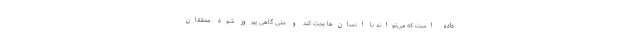
داده است که می‌تواند با انسان‌ها بحث کند و حتی گاهی پیروز شود. محققان